[Report on the health of British troops in the Madras command]
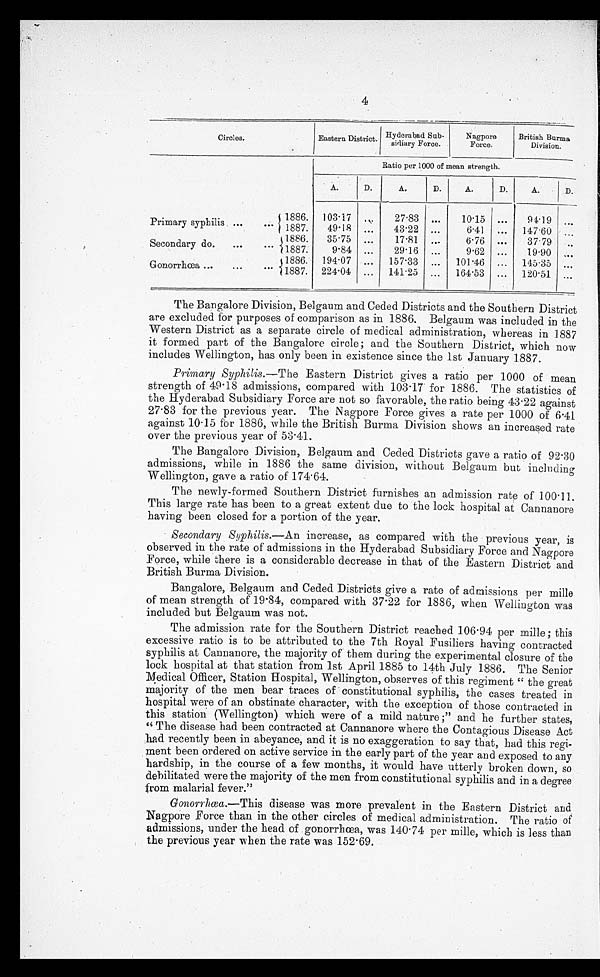
4
Circles.
Eastern District.
Hyderabad Sub-
sidiary Force.
Nagpore
Force.
British Burma
Division.
Ratio per 1000 of mean strength.
A.
D.
A.
D.
A.
D.
A.
D.
Primary syphilis. . . .
1886. 103.17
. . .
27.83
. . .
10.15
. . .
94.19
. . .
1887.
49 . 18
. . .
43 . 22
. . .
6.41
. . .
147.60
. . .
Secondary do. . . .
1886.
35.75
. . .
17.81
. . .
6.76
. . .
37 . 79
. . .
1887.
9.84
. . .
29.16
. . .
9.62
. . .
19.90
. . .
Gonorrhœa . . .
1886. 194.07 . . .
157.33
. . .
101.46
. . .
145.35
. . .
1887. 224.04
. . .
141.25
. . .
164.53
. . .
120.51
. . .
The Bangalore Division, Belgaum and Ceded Districts and the Southern District
are excluded for purposes of comparison as in 1886. Belgaum was included in the
Western District as a separate circle of medical administration, whereas in 1887
it formed part of the Bangalore circle; and the Southern District, which now
includes Wellington, has only been in existence since the 1st January 1887.
Primary Syphilis.- The Eastern District gives a ratio per 1000 of mean
strength of 49.18 admissions, compared with 103.17 for 1886. The statistics of
the Hyderabad Subsidiary Force are not so favorable, the ratio being 43.22 against
27.83 for the previous year. The Nagpore Force gives a rate per 1000 of 6.41
against 10.15 for 1886, while the British Burma Division shows an increased rate
over the previous year of 53.41.
The Bangalore Division, Belgaum and Ceded Districts gave a ratio of 92.30
admissions, while in 1886 the same division, without Belgaum but including
Wellington, gave a ratio of 174.64.
The newly-formed Southern District furnishes an admission rate of 100.11.
This large rate has been to a great extent due to the lock hospital at Cannanore
having been closed for a portion of the year.
Secondary Syphilis.—An increase compare
d with the previous year, is
observed in the rate of admissions in the Hyderabad Subsidiary Force and Nagpore
Force, while there is a considerable decrease in that of the Eastern District and
British Burma Division.
Bangalore, Belgaum and Ceded Districts give a rate of admissions per mille
of mean strength of 19.84, compared with 37.22 for 1886, when Wellington was
included but Belgaum was not.
The admission rate for the Southern District reached 106.94 per mille ; this
excessive ratio is to be attributed to the 7th Royal Fusiliers having contracted
syphilis at Cannanore, the majority of them during the experimental closure of the
lock hospital at that station from 1st April 1885 to 14th July 1886. The Senior
Medical Officer, Station Hospital, Wellington, observes of this regiment "the great
majority of the men bear traces of constitutional syphilis, the cases treated in
hospital were of an obstinate character, with the exception of those contracted in
this station (Wellington) which were of a mild nature ;" and he further states,
"The disease had been contracted at Cannanore where the Contagious Disease Act
had recently been in abeyance, and it is no exaggeration to say that, had this regi-
- m e n t b e e n o r d e r e d o n a c t i v e s e r v i c e i n t h e e a r l y p a r t o f t h e y e a r a n d e x p o s e d t o a n y
hardship, in the course of a few months, it would have utterly broken down, so
debilitated were the majority of the men from constitutional syphilis and in a degree
from malarial fever."
Gonorrhœa .—This disease was more prevalent in the Eastern District and
Nagpore Force than in the other circles of medical administration. The ratio of
admissions, under the head of gonorrhœa, was 140.74 per mille, which is less than
the previous year when the rate was 152.69.